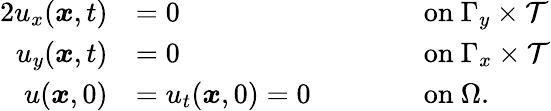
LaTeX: \begin{array}{rlrl}{{2}u_{x}(\boldsymbol{x},t)}&{=0}&&{\qquad\mathrm{on~}\Gamma_{y}\times\mathcal{T}}\\ {u_{y}(\boldsymbol{x},t)}&{=0}&&{\qquad\mathrm{on~}\Gamma_{x}\times\mathcal{T}}\\ {u(\boldsymbol{x},0)}&{=u_{t}(\boldsymbol{x},0)=0}&&{\qquad\mathrm{on~}\Omega.}\end{array}